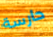
حارسة